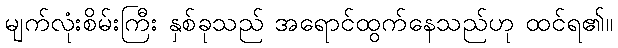
မျက်လုံးစိမ်းကြီး နှစ်ခုသည် အရောင်ထွက်နေသည်ဟု ထင်ရ၏။